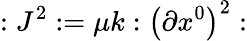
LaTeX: :J^{2}:=\mu k:\left(\partial x^{0}\right)^{2}: